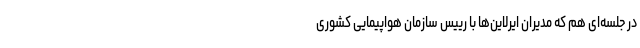
در جلسه‌ای هم که مدیران ایرلاین‌ها با رییس سازمان هواپیمایی کشوری